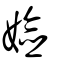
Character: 嬐